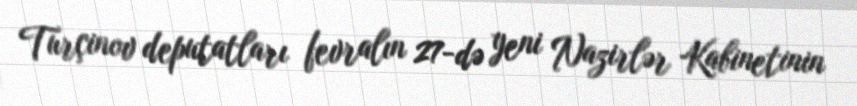
Turçinov deputatları fevralın 27-də yeni Nazirlər Kabinetinin